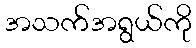
အသက်အရွယ်ကို